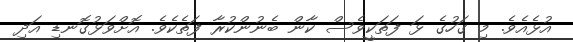
އުޅެއެވެ. މި ގަހުގެ ޅަ ފަތަކީވެސް ކާން ބެނުންކުރާ ފަތެކެވެ. އޮށްވަޅުގޮނޑި އަދި